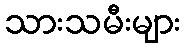
သားသမီးများ